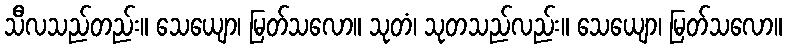
သီလသည်တည်း။ သေယျော၊ မြတ်သလော။ သုတံ၊ သုတသည်လည်း။ သေယျော၊ မြတ်သလော။